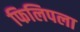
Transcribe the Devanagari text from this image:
फिलिपला